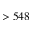
> 5 4 8